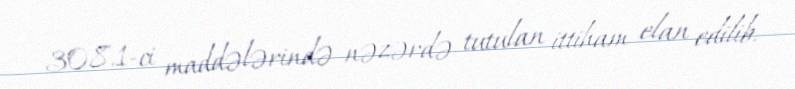
308.1-ci maddələrində nəzərdə tutulan ittiham elan edilib.